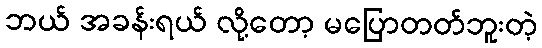
ဘယ် အခန်းရယ် လို့တော့ မပြောတတ်ဘူးတဲ့